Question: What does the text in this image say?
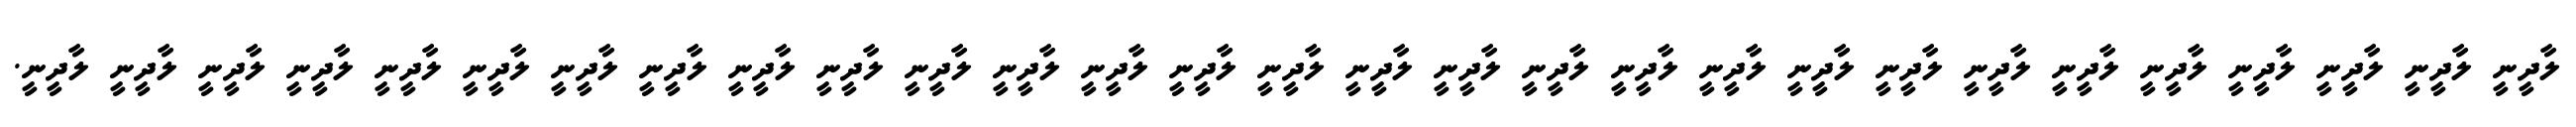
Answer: ލާދީނީ ލާދީނީ ލާދީނީ ލާދީނީ ލާދީނީ ލާދީނީ ލާދީނީ ލާދީނީ ލާދީނީ ލާދީނީ ލާދީނީ ލާދީނީ ލާދީނީ ލާދީނީ ލާދީނީ ލާދީނީ ލާދީނީ ލާދީނީ ލާދީނީ ލާދީނީ ލާދީނީ ލާދީނީ ލާދީނީ ލާދީނީ ލާދީނީ ލާދީނީ ލާދީނީ ލާދީނީ ލާދީނީ.